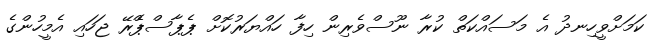
ކަމަށްވީހިނދު އެ މަަސައްކަތް ކުރާ ނޫސްވެރިން ހިފާ ހައްޔަރުކޮށް ޕެޕާސްޕްެރޭ ޖަހައި އެމީހުންގެ